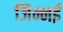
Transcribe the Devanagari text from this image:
जिन्नई